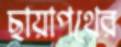
ছায়াপথের